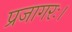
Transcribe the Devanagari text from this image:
प्रजागरः।